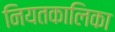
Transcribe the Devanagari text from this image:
नियतकालिका